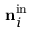
{ \mathbf { n } } _ { i } ^ { \mathrm { i n } }